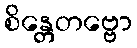
စိန္တေတဗ္ဗော